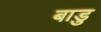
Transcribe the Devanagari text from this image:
बाडु